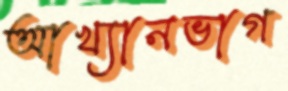
আখ্যানভাগ